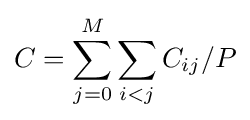
C=\sum _{j=0}^{M}\sum _{i<j}C_{ij}/P